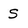
Character: S